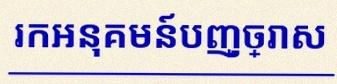
រកអនុគមន៍បញ្ច្រាស